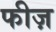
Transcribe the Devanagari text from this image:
फीज़